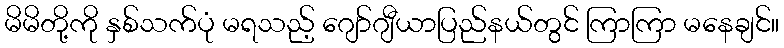
မိမိတို့ကို နှစ်သက်ပုံ မရသည့် ဂျော်ဂျီယာပြည်နယ်တွင် ကြာကြာ မနေချင်။